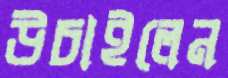
উচাইলেন